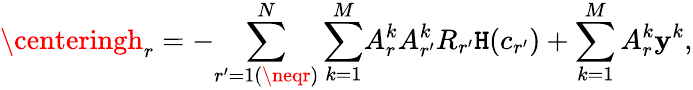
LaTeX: \centeringh_{r}=-{\sum_{r^{\prime}=1(\neqr)}^{N}\sum_{k=1}^{M}}A_{r}^{k}A_{r^{\prime}}^{k}R_{r^{\prime}}\mathtt{H}(c_{r^{\prime}})+\sum_{k=1}^{M}A_{r}^{k}\mathbf{y}^{k},